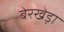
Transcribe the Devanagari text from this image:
बेरखेड़ा